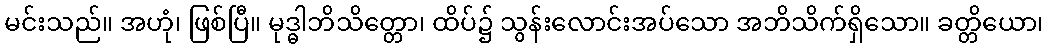
မင်းသည်။ အဟုံ၊ ဖြစ်ပြီ။ မုဒ္ဓါဘိသိတ္တော၊ ထိပ်၌ သွန်းလောင်းအပ်သော အဘိသိက်ရှိသော။ ခတ္တိယော၊